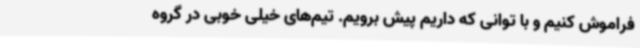
فراموش کنیم و با توانی که داریم پیش برویم. تیم‌های خیلی خوبی در گروه